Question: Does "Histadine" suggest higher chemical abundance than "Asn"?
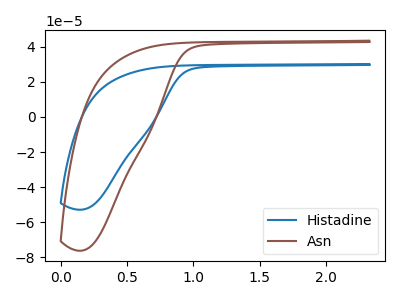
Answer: <think>The blue curve "Histadine" has no peaks. The brown curve "Asn" has no peaks.
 Neither "Histadine" or "Asn" have any peaks.</think>
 <answer>I cant tell if "Histadine" or "Asn" has more signal.</answer>
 <eval>mixed_signal</eval>